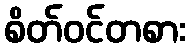
စိတ်ဝင်တစား